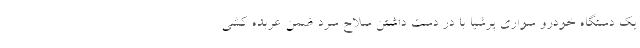
یک دستگاه خودرو سواری پرشیا با در دست داشتن سلاح سرد ضمن عربده کشی